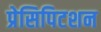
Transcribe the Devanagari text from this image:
प्रेसिपिटशन